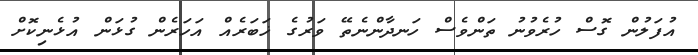
އުފަލުން ގޮސް ހުރެވުނު ތަންވެސް ހަނދާންނެތޭ ވަރުގެ ޚަބަރެއް އަހަރެން ގުޅަން އުޅެނިކޮށް